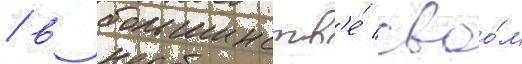
/ в большинств'е́ своо́м